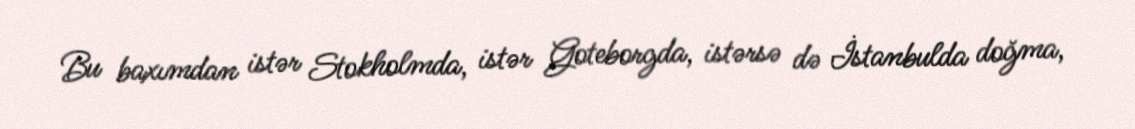
Bu baxımdan istər Stokholmda, istər Goteborgda, istərsə də İstanbulda doğma,